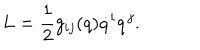
L = \frac { 1 } { 2 } g _ { i j } ( q ) \dot { q } ^ { i } \dot { q } ^ { j } .